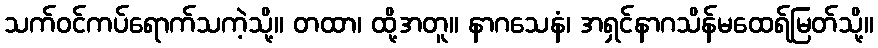
သက်ဝင်ကပ်ရောက်သကဲ့သို့။ တထာ၊ ထို့အတူ။ နာဂသေနံ၊ အရှင်နာဂသိန်မထေရ်မြတ်သို့။